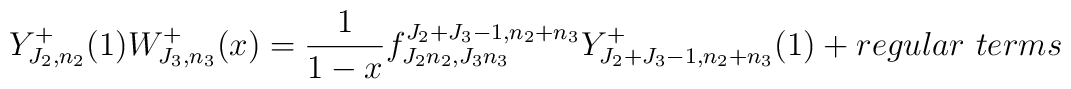
Y^+_{J_2 ,n_2}(1)W^+_{J_3 ,n_3}(x)=\frac{1}{1-x}f^{J_2 +J_3 -1,n_2 +n_3}_{J_2n_2 ,J_3 n_3}Y^+_{J_2 +J_3 -1,n_2 +n_3}(1) + regular~terms